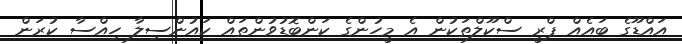
އައްޑޫގެ ބައެއް ޕްރީ ސްކޫލްތަކުން އެ މީހުންގެ ކަންބޮޑުވުންތައް ކައުންސިލާ ހިއްސާ ކުރަން